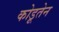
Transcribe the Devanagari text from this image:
कोडूतेन